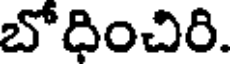
బోధించిరి.